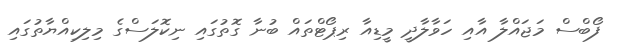
ފޯބްސް މަޖައްލާ އާއި ހަވާލާދީ މީޑިއާ ރިޕޯޓްތައް ބުނާ ގޮތުގައި ނިކޮލަސްގެ މިލިކިއްޔާތުގައި